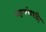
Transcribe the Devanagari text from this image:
प्राहुर्यथावदिह